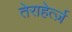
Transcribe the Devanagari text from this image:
तेराहेर्त्ज़